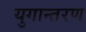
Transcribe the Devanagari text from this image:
युगान्तरण